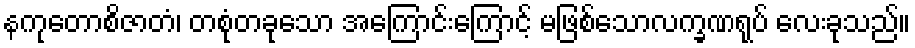
နကုတောစိဇာတံ၊ တစုံတခုသော အကြောင်းကြောင့် မဖြစ်သောလက္ခဏရုပ် လေးခုသည်။